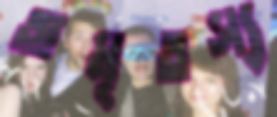
অমৃতস্য